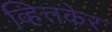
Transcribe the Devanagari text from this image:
व्हित्तकेर